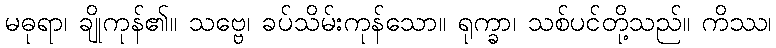
မဓုရာ၊ ချိုကုန်၏။ သဗ္ဗေ၊ ခပ်သိမ်းကုန်သော။ ရုက္ခာ၊ သစ်ပင်တို့သည်။ ကိဿ၊